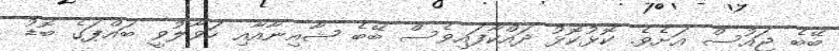
ބޭބެ ޖައުސް އަށެވެ. ކޮޅުކޮޅު ދައްކާފައިވެސް ބޭބެ ޝާއިނާއާއި ހަވާލުވީ ބައްޕަގެ ބޮޑު